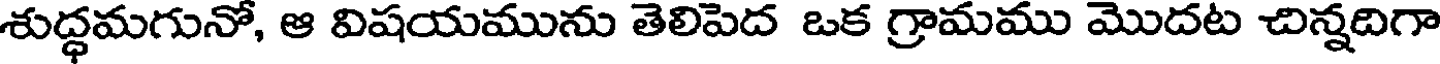
శుద్ధమగునో, ఆ విషయమును తెలిపెద ఒక గ్రామము మొదట చిన్నదిగా